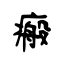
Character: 瘢